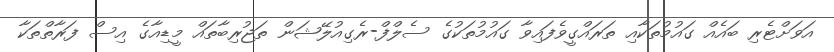
އަވަށްޓެރި ބައެއް ގައުމުތަކާއި ތަރައްގީވެފައިވާ ގައުމުތަކުގެ ސެލްފް-ރެގިއުލޭޝަން ތަޖުރިބާތައް މީޑިއާގެ އިސް ފަރާތްތަކާ